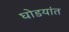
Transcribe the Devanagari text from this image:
घोडयांत